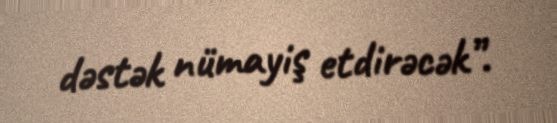
dəstək nümayiş etdirəcək”.